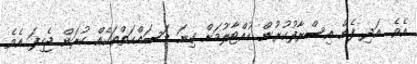
އެވެ. އަދި ފެން އިސްރާފުކުރުން ހުއްޓާލުމަށް ގިނަ މަސައްކަތްތަކެއް ކުރަން ޖެހިފަ އެވެ.